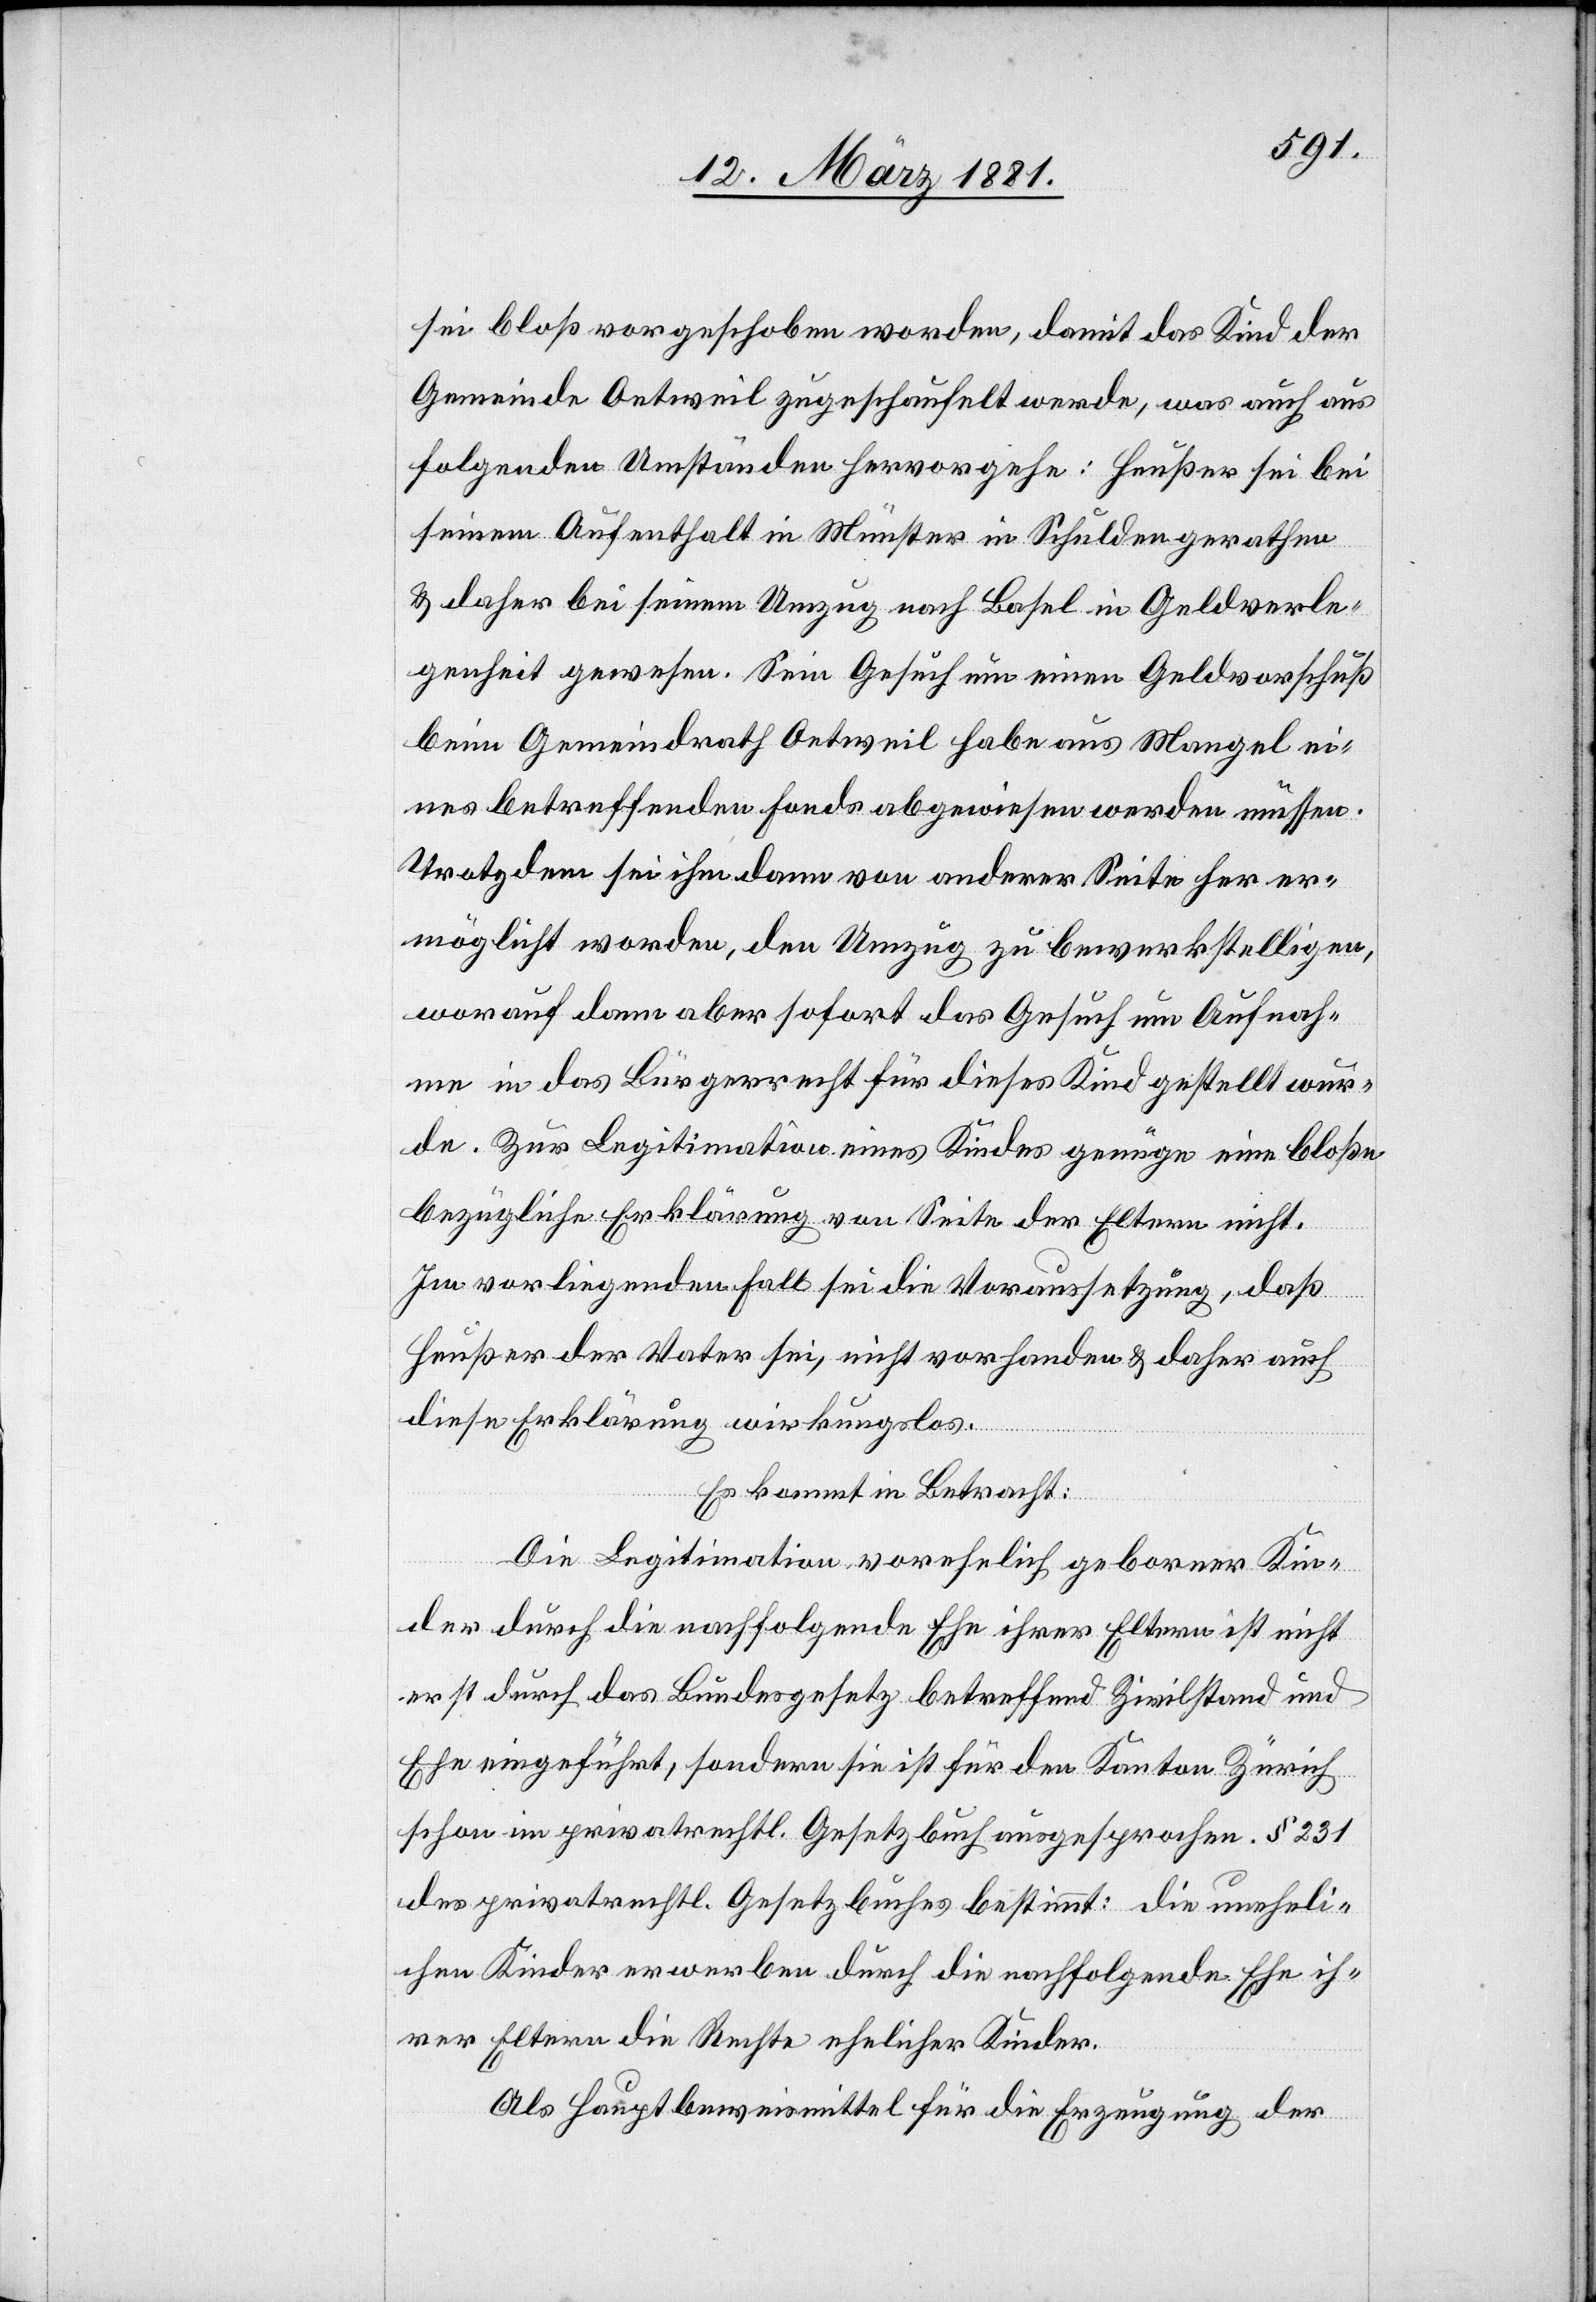
sei bloß vorgeschoben worden, damit das Kind der
Gemeinde Oetweil zugeschaufelt werde, was auch aus
folgenden Umständen hervorgehe: Heußer sei bei
seinem Aufenthalt in Münster in Schulden gerathen
& daher bei seinem Umzug nach Basel in Geldverle¬
genheit gewesen. Sein Gesuch um einen Geldvorschuß
beim Gemeindrath Oetweil habe aus Mangel ei¬
nes betreffenden Fonds abgewiesen werden müssen.
Trotzdem sei ihm dann von anderer Seite her er¬
möglicht worden, Umzug zu bewerkstelligen,
worauf dann aber sofort das Gesuch um Aufnah¬
me in das Bürgerrecht für dieses Kind gestellt wur¬
de. Zur Legitimation eines Kindes genüge eine bloße
bezügliche Erklärung von Seite der Eltern nicht.
Im vorliegenden Fall sei die Voraussetzung, daß
Heußer der Vater sei, nicht vorhanden & daher auch
diese Erklärung wirkungslos.
Es kommt in Betracht:
Die Legitimation vorehelich geborner Kin¬
der durch die nachfolgende Ehe ihrer Eltern ist nicht
erst durch das Bundesgesetz betreffend Zivilstand und
Ehe im privatrechtl. Gesetzbuch ausgesprochen. § 231d¬
es privatrechtl. Gesetzbuches bestimmt: die uneheli¬
chen Kinder erwerben durch die nachfolgende Ehe ih¬
rer Eltern die Rechte ehelicher Kinder.
Als Hauptbeweismittel für die Erzeugung der